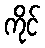
ကိုင်